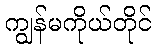
ကျွန်မကိုယ်တိုင်